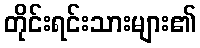
တိုင်းရင်းသားများ၏